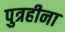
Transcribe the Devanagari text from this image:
पुत्रहीना